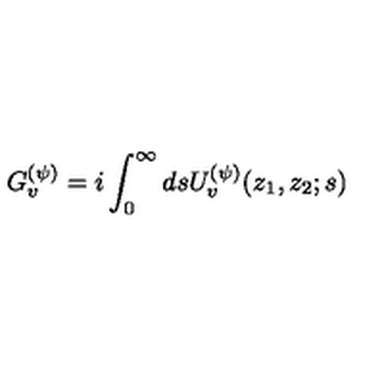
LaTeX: G _ { v } ^ { ( \psi ) } = i \int _ { 0 } ^ { \infty } d s U _ { v } ^ { ( \psi ) } ( z _ { 1 } , z _ { 2 } ; s )